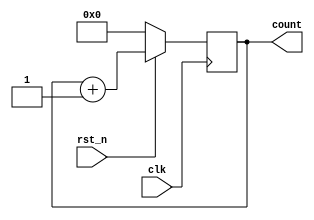
module upcounter (clk,rst_n,count);

input clk;
input rst_n;
output reg [3:0] count;

always @(posedge clk) begin
    if (!rst_n)
        count <= 4'd0;
    else
        count <= count + 4'd1;
end

endmodule